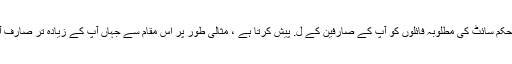
یہ بنیادی طور پر ایک ایسا ذریعہ ہے جو آپ کے مستحکم سائٹ کی مطلوبہ فائلوں کو آپ کے صارفین کے ل. پیش کرتا ہے ، مثالی طور پر اس مقام سے جہاں آپ کے زیادہ تر صارف آتے ہیں تاکہ انھیں تیز رفتار لوڈنگ کا وقت مل سکے۔